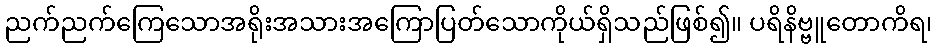
ညက်ညက်ကြေသောအရိုးအသားအကြောပြတ်သောကိုယ်ရှိသည်ဖြစ်၍။ ပရိနိဗ္ဗူတောကိရ၊